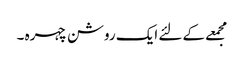
مجمعے کے لئے ایک روشن چہرہ ۔